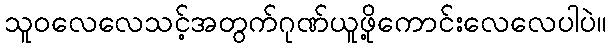
သူဝလေလေသင့်အတွက်ဂုဏ်ယူဖို့ကောင်းလေလေပါပဲ။